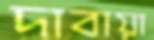
দাবায়া